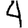
Digit: 4